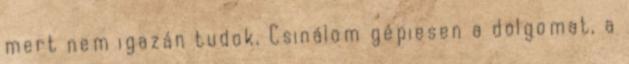
mert nem igazán tudok. Csinálom gépiesen a dolgomat, a